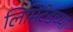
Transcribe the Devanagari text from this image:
लिमिेटेडच्या